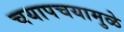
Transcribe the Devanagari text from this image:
चयापचयामुळे